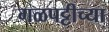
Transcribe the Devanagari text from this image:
गळपट्टीच्या